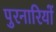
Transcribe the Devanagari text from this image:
पुरनारियों